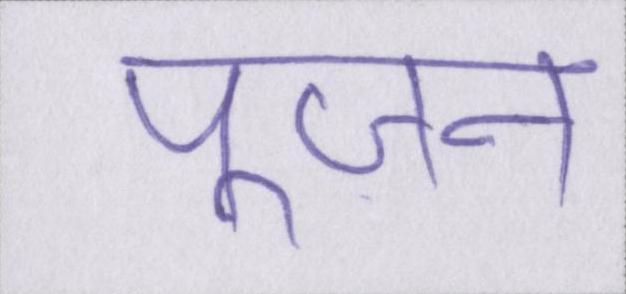
पूजन